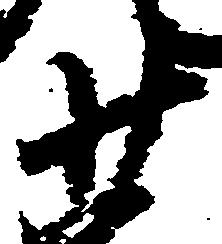
少